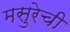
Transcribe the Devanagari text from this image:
मसुरेची